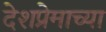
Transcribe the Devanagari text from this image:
देशप्रेमाच्या